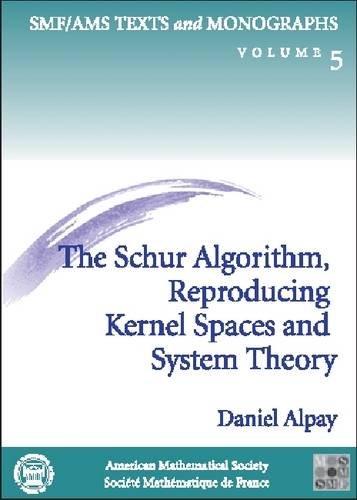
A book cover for The Schur Algorithm, Reproducing Kernel Spaces and System Theory; Daniel Alpay; Science & Math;